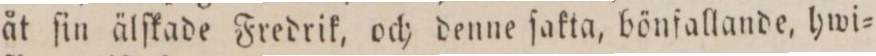
åt ſin älſkade Fredrik, och denne ſakta, bönfallande, hwi=